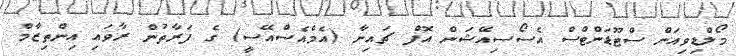
މޯލްޑިވިއަން ސްޓޫޑަންޓްސް އެސޯސިއޭޝަން އޮފް ޗައިނާ (އެމްއެސްއޭސީ) ގެ ފަރާތުން ރާވައި އިންތިޒާމް